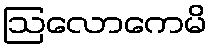
ဩလောကေမိ